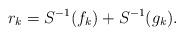
LaTeX: \begin{align*} r_k = S^{-1}(f_k) + S^{-1}(g_k).\end{align*}